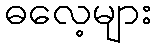
ဓလေ့များ